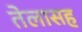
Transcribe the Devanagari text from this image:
तेलासह